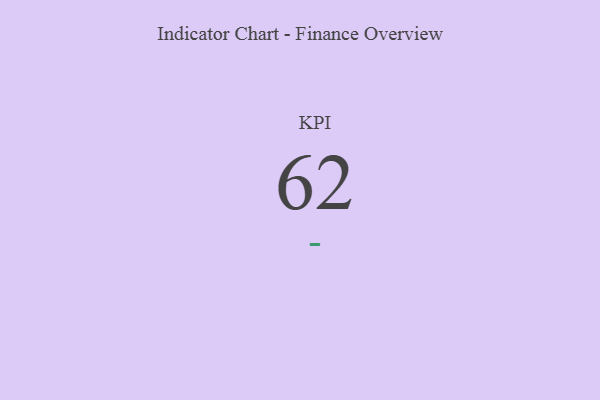
{"axis": {"x": "KPI", "y": "Value"}, "legend": [""], "data": [{"x": "KPI", "y": 62, "type": ""}]}